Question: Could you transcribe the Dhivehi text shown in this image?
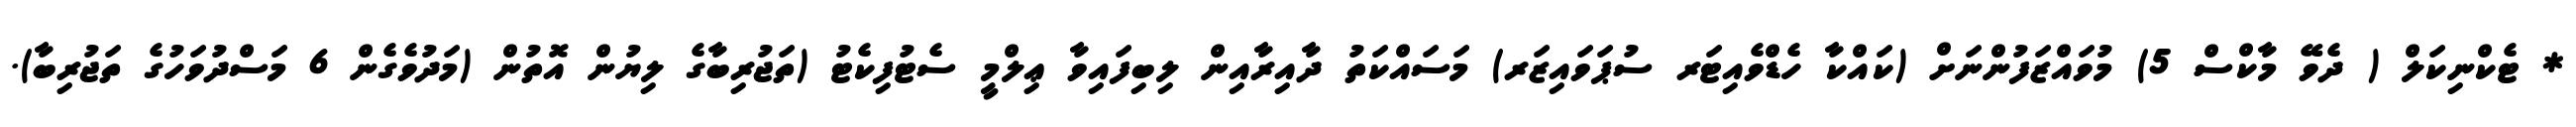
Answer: * ޓެކްނިކަލް ( ދެވޭ މާކްސް 5) މުވައްޒަފުންނަށް (ކައްކާ ހެޑްވެއިޓަރ ސުޕަވައިޒަރ) މަސައްކަތު ދާއިރާއިން ލިބިފައިވާ ޢިލްމީ ސެޓުފިކެޓު (ތަޖުރިބާގެ ލިޔުން އޮތުން (މަދުވެގެން 6 މަސްދުވަހުގެ ތަޖުރިބާ).